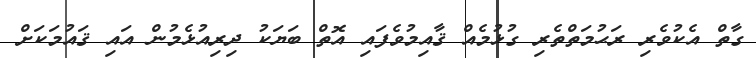
ގާތް އެކުވެރި ރަޙުމަތްތެރި ގުޅުމެއް ޤާއިމުވެފައި އޮތް ބަޔަކު ދިރިއުޅެމުން އައި ޤައުމަކަށް